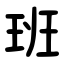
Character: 班